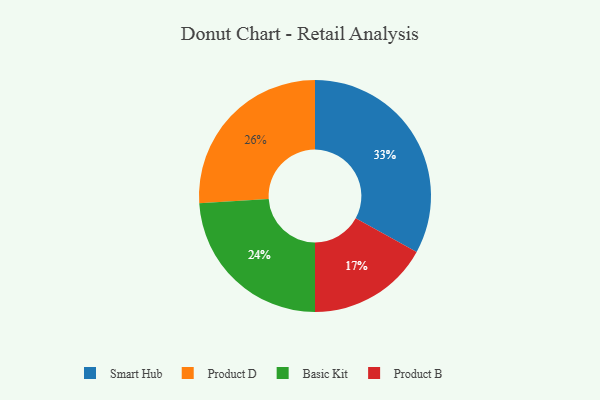
{"axis": {"x": "Category", "y": "Percentage"}, "legend": ["Basic Kit", "Product B", "Product D", "Smart Hub"], "data": [{"x": "Product D", "y": 26, "type": "Product D"}, {"x": "Basic Kit", "y": 24, "type": "Basic Kit"}, {"x": "Smart Hub", "y": 33, "type": "Smart Hub"}, {"x": "Product B", "y": 17, "type": "Product B"}]}